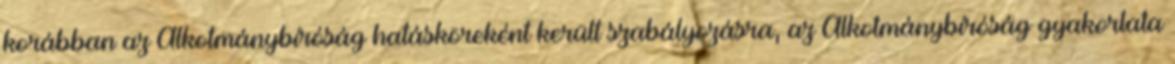
korábban az Alkotmánybíróság hatásköreként került szabályozásra, az Alkotmánybíróság gyakorlata